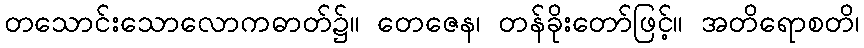
တသောင်းသောလောကဓာတ်၌။ တေဇေန၊ တန်ခိုးတော်ဖြင့်။ အတိရောစတိ၊